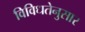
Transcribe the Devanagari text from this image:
विविधतेनुसार